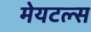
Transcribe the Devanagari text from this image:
मेयटल्स